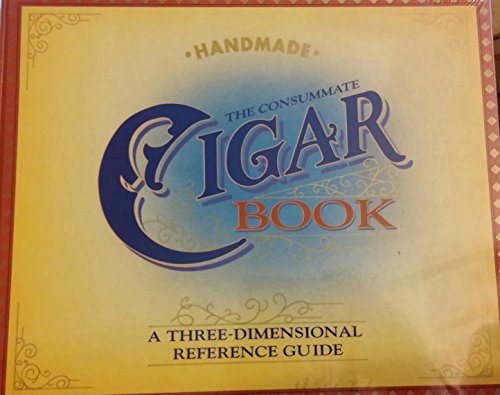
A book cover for The Consummate Cigar Book: A Three Dimensional Reference Guide; Robert Kemp; Test Preparation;